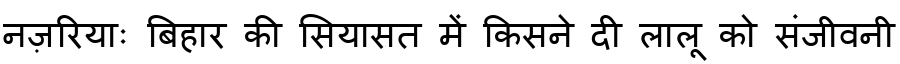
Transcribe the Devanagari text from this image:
नज़रियाः बिहार की सियासत में किसने दी लालू को संजीवनी